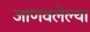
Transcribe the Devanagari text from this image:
जाणवलेल्या